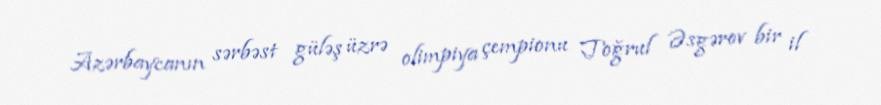
Azərbaycanın sərbəst güləş üzrə olimpiya çempionu Toğrul Əsgərov bir il